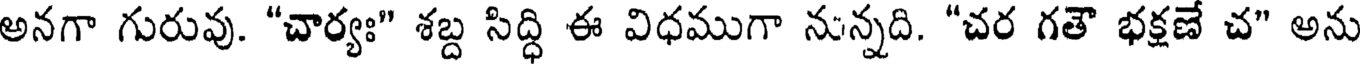
అనగా గురువు. "చార్యః" శబ్ద సిద్ధి ఈ విధముగా నున్నది. "చర గతౌ భక్షణే చ" అను